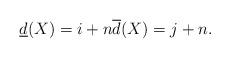
LaTeX: \begin{align*} \underline{d} (X) = i+ n \overline{d} (X) = j+ n. \end{align*}